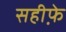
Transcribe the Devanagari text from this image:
सहीफे़